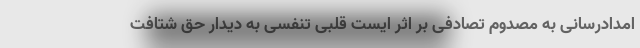
امدادرسانی به مصدوم تصادفی بر اثر ایست قلبی تنفسی به دیدار حق شتافت